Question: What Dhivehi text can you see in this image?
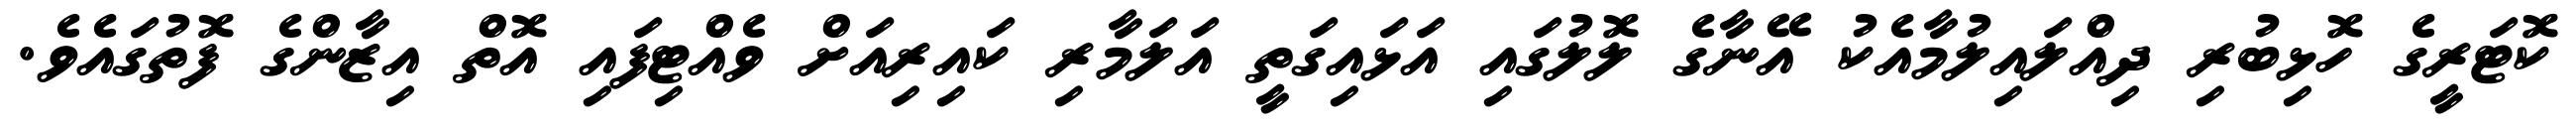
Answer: ކޮޓަރީގެ ހޮޅިބުރި ދިއްލައިލުމާއެކު އޭނާގެ ލޮލުގައި އަޅައިގަތީ އަލަމާރި ކައިރިއަށް ވެއްޓިފައި އޮތް އިޒާންގެ ފޮތުގައެވެ.